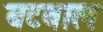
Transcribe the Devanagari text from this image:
बटवाल